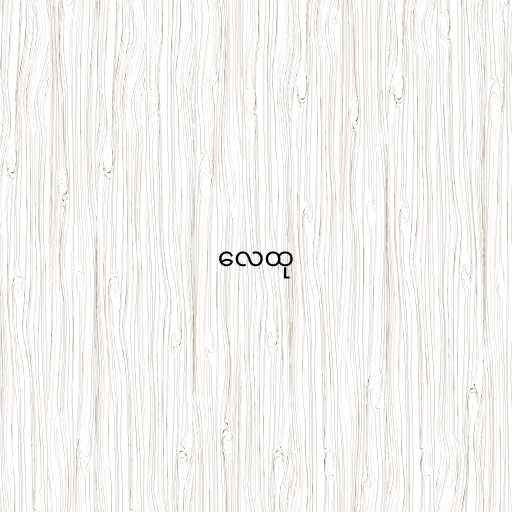
လေထု